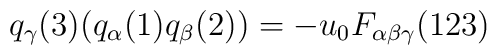
q_{\gamma}(3) (q_{\alpha}(1) q_{\beta}(2))  = -u_{0}                       F_{\alpha \beta \gamma}(123)